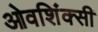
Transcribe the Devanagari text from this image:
ओवशिंक्सी